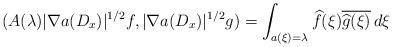
LaTeX: \begin{align*}(A(\lambda) |\nabla a (D_x)|^{1/2}f, |\nabla a (D_x)|^{1/2}g)=\int_{a(\xi)=\lambda}\widehat f(\xi)\overline{\widehat g(\xi)}\,d\xi\end{align*}